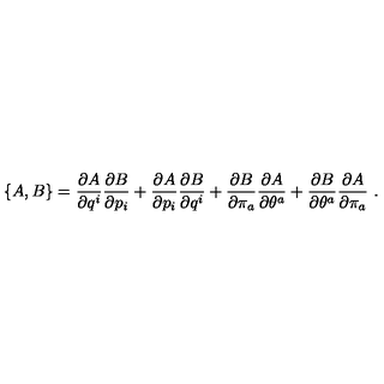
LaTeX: \left\{ A , B \right\} = \frac { \partial A } { \partial q ^ { i } } \frac { \partial B } { \partial p _ { i } } + \frac { \partial A } { \partial p _ { i } } \frac { \partial B } { \partial q ^ { i } } + \frac { \partial B } { \partial \pi _ { a } } \frac { \partial A } { \partial \theta ^ { a } } + \frac { \partial B } { \partial \theta ^ { a } } \frac { \partial A } { \partial \pi _ { a } } \ .